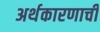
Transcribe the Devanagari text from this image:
अर्थकारणाची